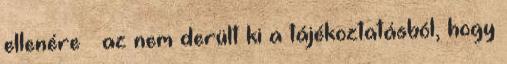
ellenére – az nem derült ki a tájékoztatásból, hogy